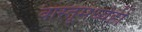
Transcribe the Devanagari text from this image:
वास्तूमध्येही